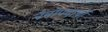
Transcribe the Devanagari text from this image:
नैनोपदार्थों